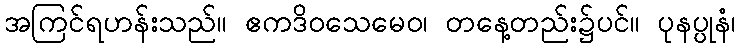
အကြင်ရဟန်းသည်။ ဧကဒိဝသေမေဝ၊ တနေ့တည်း၌ပင်။ ပုနပ္ပုနံ၊